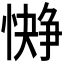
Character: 𪬭